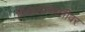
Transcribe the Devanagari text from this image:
विचारप्रणालीवर